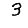
Digit: 3